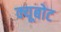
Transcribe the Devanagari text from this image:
क्यूबोट